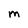
Character: m